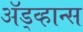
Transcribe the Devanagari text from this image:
ॲड्व्हान्स